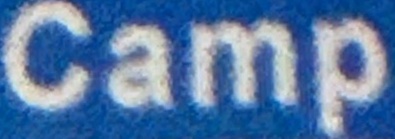
Camp